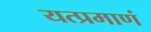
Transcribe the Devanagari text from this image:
यत्प्रमाणं